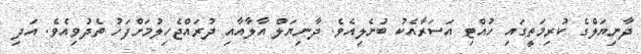
ދާނިޔަލްގެ ކުރިމަތީގައި ހުއްޓި އަސަރާއެކު ބުނެލިއެވެ. ދާނިޔަލް އާލާއާއި ދުރައްޖެހިލުމަށްފަހު ތެދުވިއެވެ. އަދި